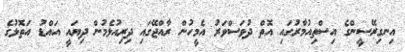
އިނގިރޭސީންގެ އިސްތިއުމާރުގައި އޮތް ދުވަސްވަރު އެމީހުން ރާއްޖޭގައި ދިރިއުޅެމުން ދިޔައީ އައްޑު އަތޮޅުގެ